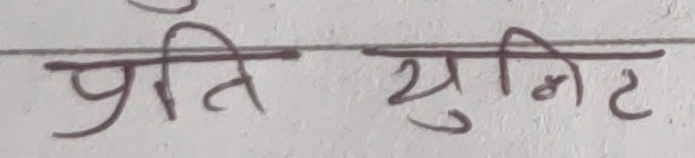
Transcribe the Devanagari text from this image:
प्रति युनिट